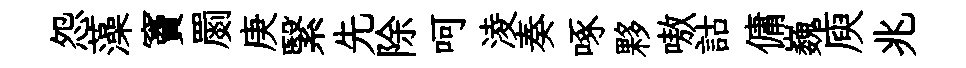
怨藻竇罽庚繄先除呵淩奏啄夥嗷詁傭巍庾兆